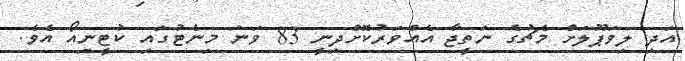
އަދި ލިވަޕޫލަށް މެޗުގެ ނަތީޖާ އެއްވަރުކޮށްދިނީ 83 ވަނަ މިނެޓުގައި ކުޓީނިއޯ އެވެ.